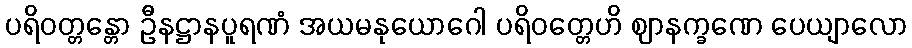
ပရိဝတ္တန္တော ဦနဋ္ဌာနပူရဏံ အယမနုယောဂေါ ပရိဝတ္တေဟိ ဈာနက္ခဏေ ပေယျာလော